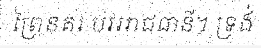
ព្រៃនគរ បវររាជធានី។ ទ្រង់